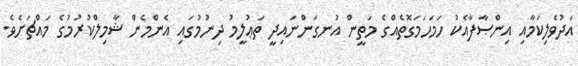
އަދުވެލިކަމާއި އިންޞާފާއެކު ހަމަހަމަގޮތެއްގެ މަތީން އުނގަންނައިދީ ތަޢުލީމު ދިނުމުގައި އެންމެން ޝާމިލްކުރުމުގެ މައްޗަށެވެ.